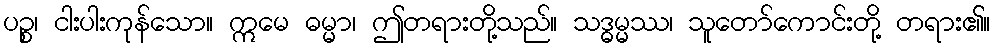
ပဉ္စ၊ ငါးပါးကုန်သော။ ဣမေ ဓမ္မာ၊ ဤတရားတို့သည်။ သဒ္ဓမ္မဿ၊ သူတော်ကောင်းတို့ တရား၏။